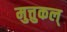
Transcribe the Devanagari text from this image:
मुत्तुकल्